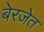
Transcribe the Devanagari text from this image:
बेरजेत